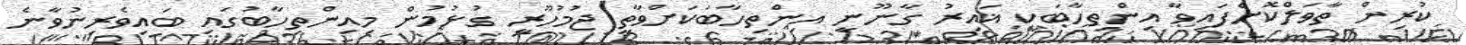
ކުރިން ތާވަލްކޮށްފައިވާ އިންތިހާބަކީ ޣައިރު ގާނޫނީ އިންތިހާބަކަށްވާތީ ޖުމުހޫރީ ގުޅުމުން މިއިންތިހާބުގައި ބައިވެރިނުވާނެ